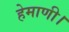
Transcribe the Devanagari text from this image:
हेमाणी।